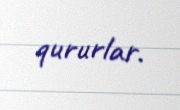
qururlar.